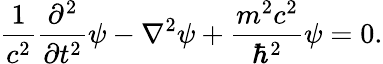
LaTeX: {\frac{1}{c^{2}}}{\frac{\partial^{2}}{\partial t^{2}}}\psi-\nabla^{2}\psi+{\frac{m^{2}c^{2}}{\hbar^{2}}}\psi=0.